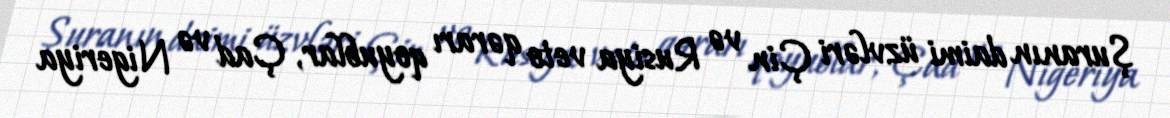
Şuranın daimi üzvləri Çin və Rusiya veto qərarı qoyublar, Çad və Nigeriya